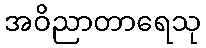
အဝိညာတာရေသု